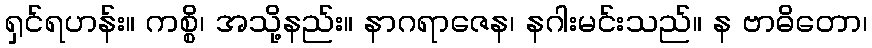
ရှင်ရဟန်း။ ကစ္စိ၊ အသို့နည်း။ နာဂရာဇေန၊ နဂါးမင်းသည်။ န ဗာဓိတော၊